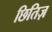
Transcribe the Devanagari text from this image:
छितिज़